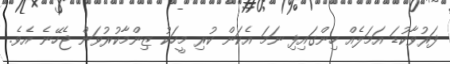
ފަރުވާކުޑަ އަމަލެއް ހިންގައިފި ނަމަ އެކަން ކުރި މީހަކު ޒިންމާކުރުވަން ޖެހޭނެ އެވެ.